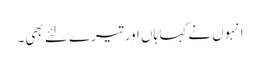
انہوں نے کہا ہاں اور تیرے لئے بھی۔